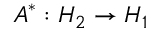
A ^ { * } : H _ { 2 } \to H _ { 1 }